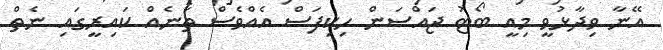
އޭނާ ވިދާޅުވީ މިއީ ބޯޓު ޖައްސަން ހިކިފަސް އެއްވެސް ތަނެއް ކައިރީގައި ނެތް